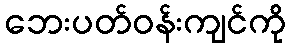
ဘေးပတ်ဝန်းကျင်ကို